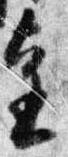
進